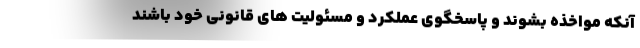
آنکه مواخذه بشوند و پاسخگوی عملکرد و مسئولیت های قانونی خود باشند